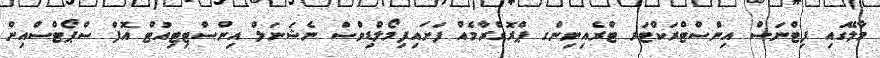
މާލޭގައި ފިޓްނަސް އިންސްޓްރަކްޓަރ ޓްރެއިނިންގ ޕްރޮގްރާމެއް ފަށައިފިމޯލްޑިވްސް ނެޝަނަލް އިންސްޓިޓިއުޓް އޮފް ސްޕޯޓްސްއިންް